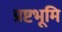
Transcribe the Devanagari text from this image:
प्रष्टभूमि